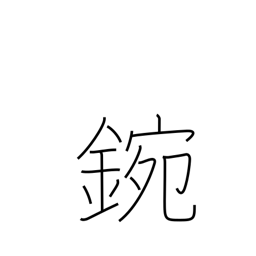
Meaning: metal bowl